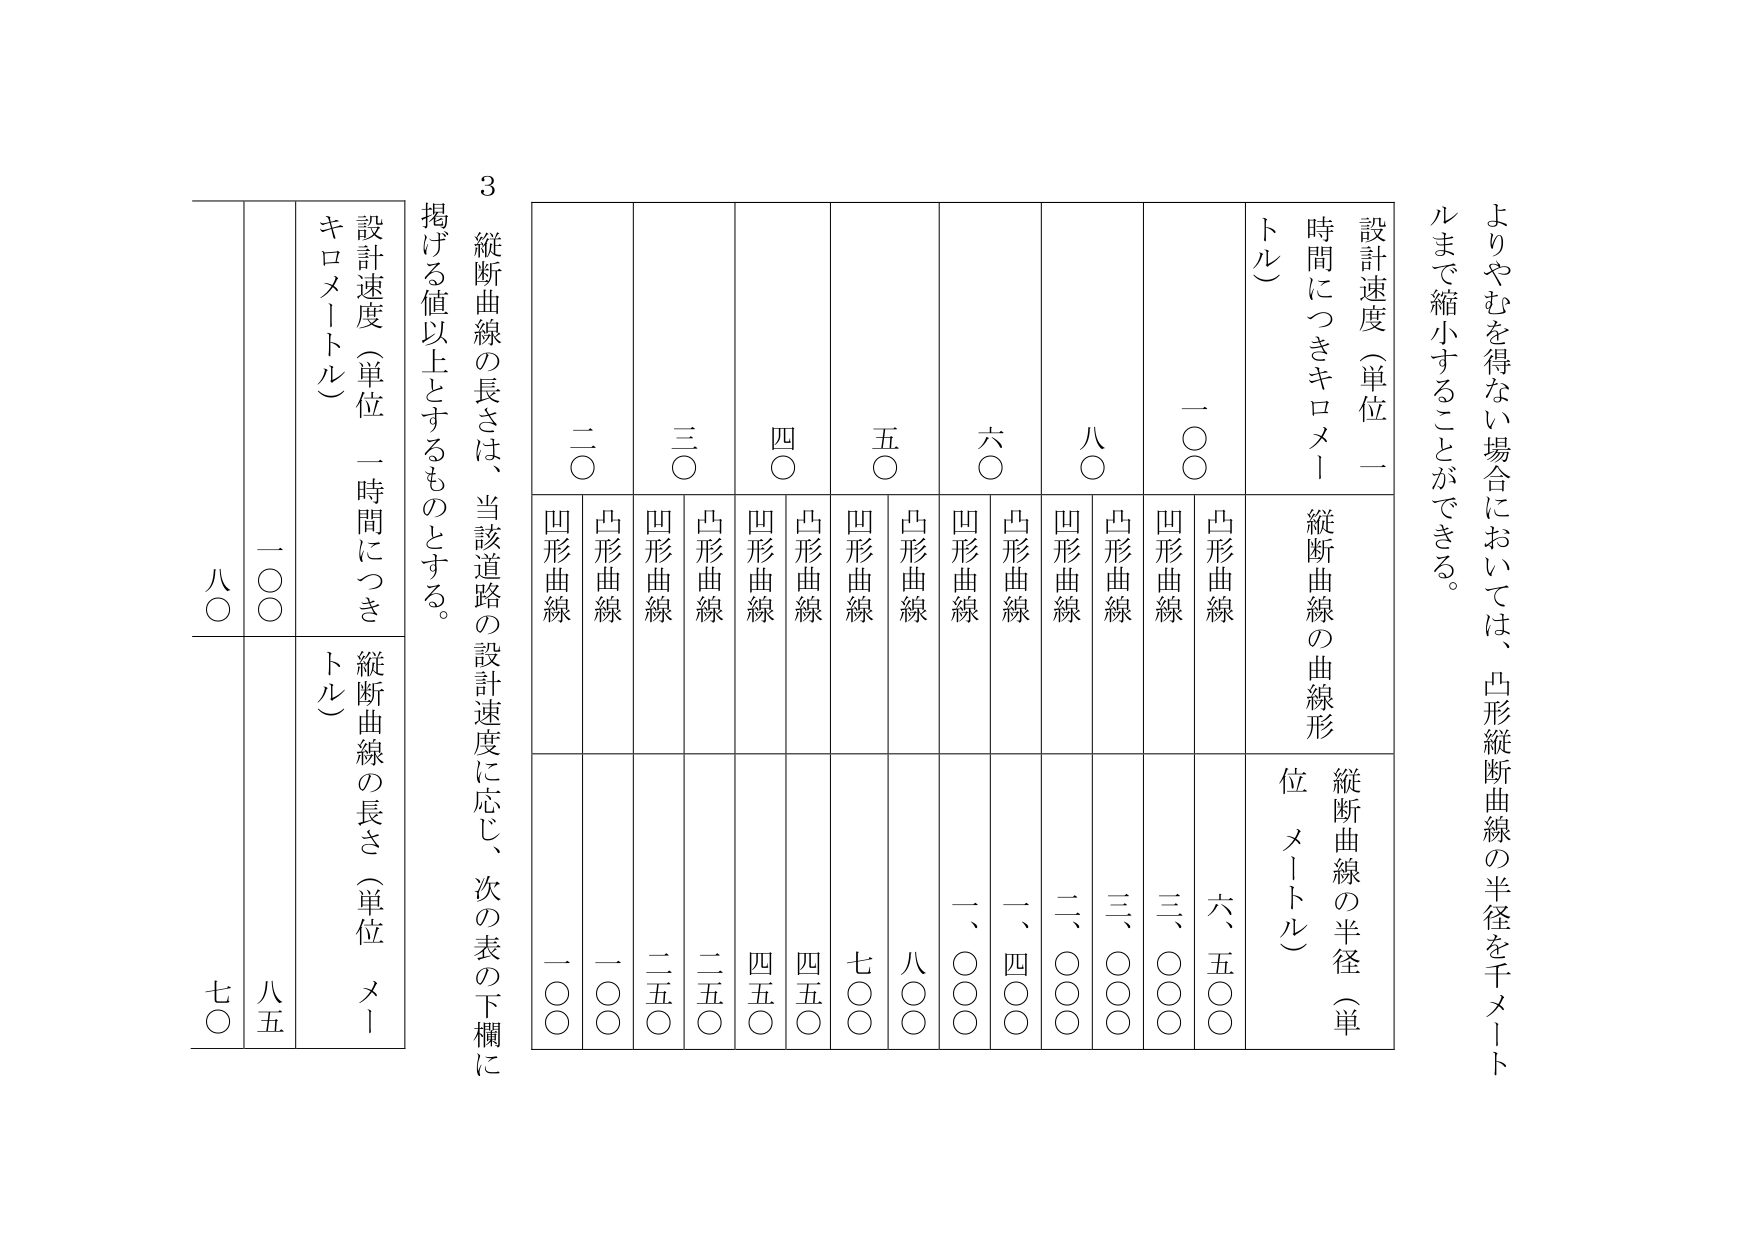
よりやむを得ない場合においては、凸形縦断曲線の半径を千メートルまで縮小することができる。

設計速度（単位 一時間につきキロメートル）
縦断曲線の曲線形
縦断曲線の半径（単位 メートル）

一〇〇
凸形曲線
六、五〇〇
凹形曲線
三、〇〇〇

八〇
凸形曲線
三、〇〇〇
凹形曲線
二、〇〇〇

六〇
凸形曲線
一、四〇〇
凹形曲線
一、〇〇〇

五〇
凸形曲線
八〇〇
凹形曲線
七〇〇

四〇
凸形曲線
四五〇
凹形曲線
四五〇

三〇
凸形曲線
二五〇
凹形曲線
二五〇

二〇
凸形曲線
一〇〇
凹形曲線
一〇〇

3
縦断曲線の長さは、当該道路の設計速度に応じ、次の表の下欄に掲げる値以上とするものとする。

設計速度（単位 一時間につきキロメートル）
縦断曲線の長さ（単位 メートル）

一〇〇
八五

八〇
七〇